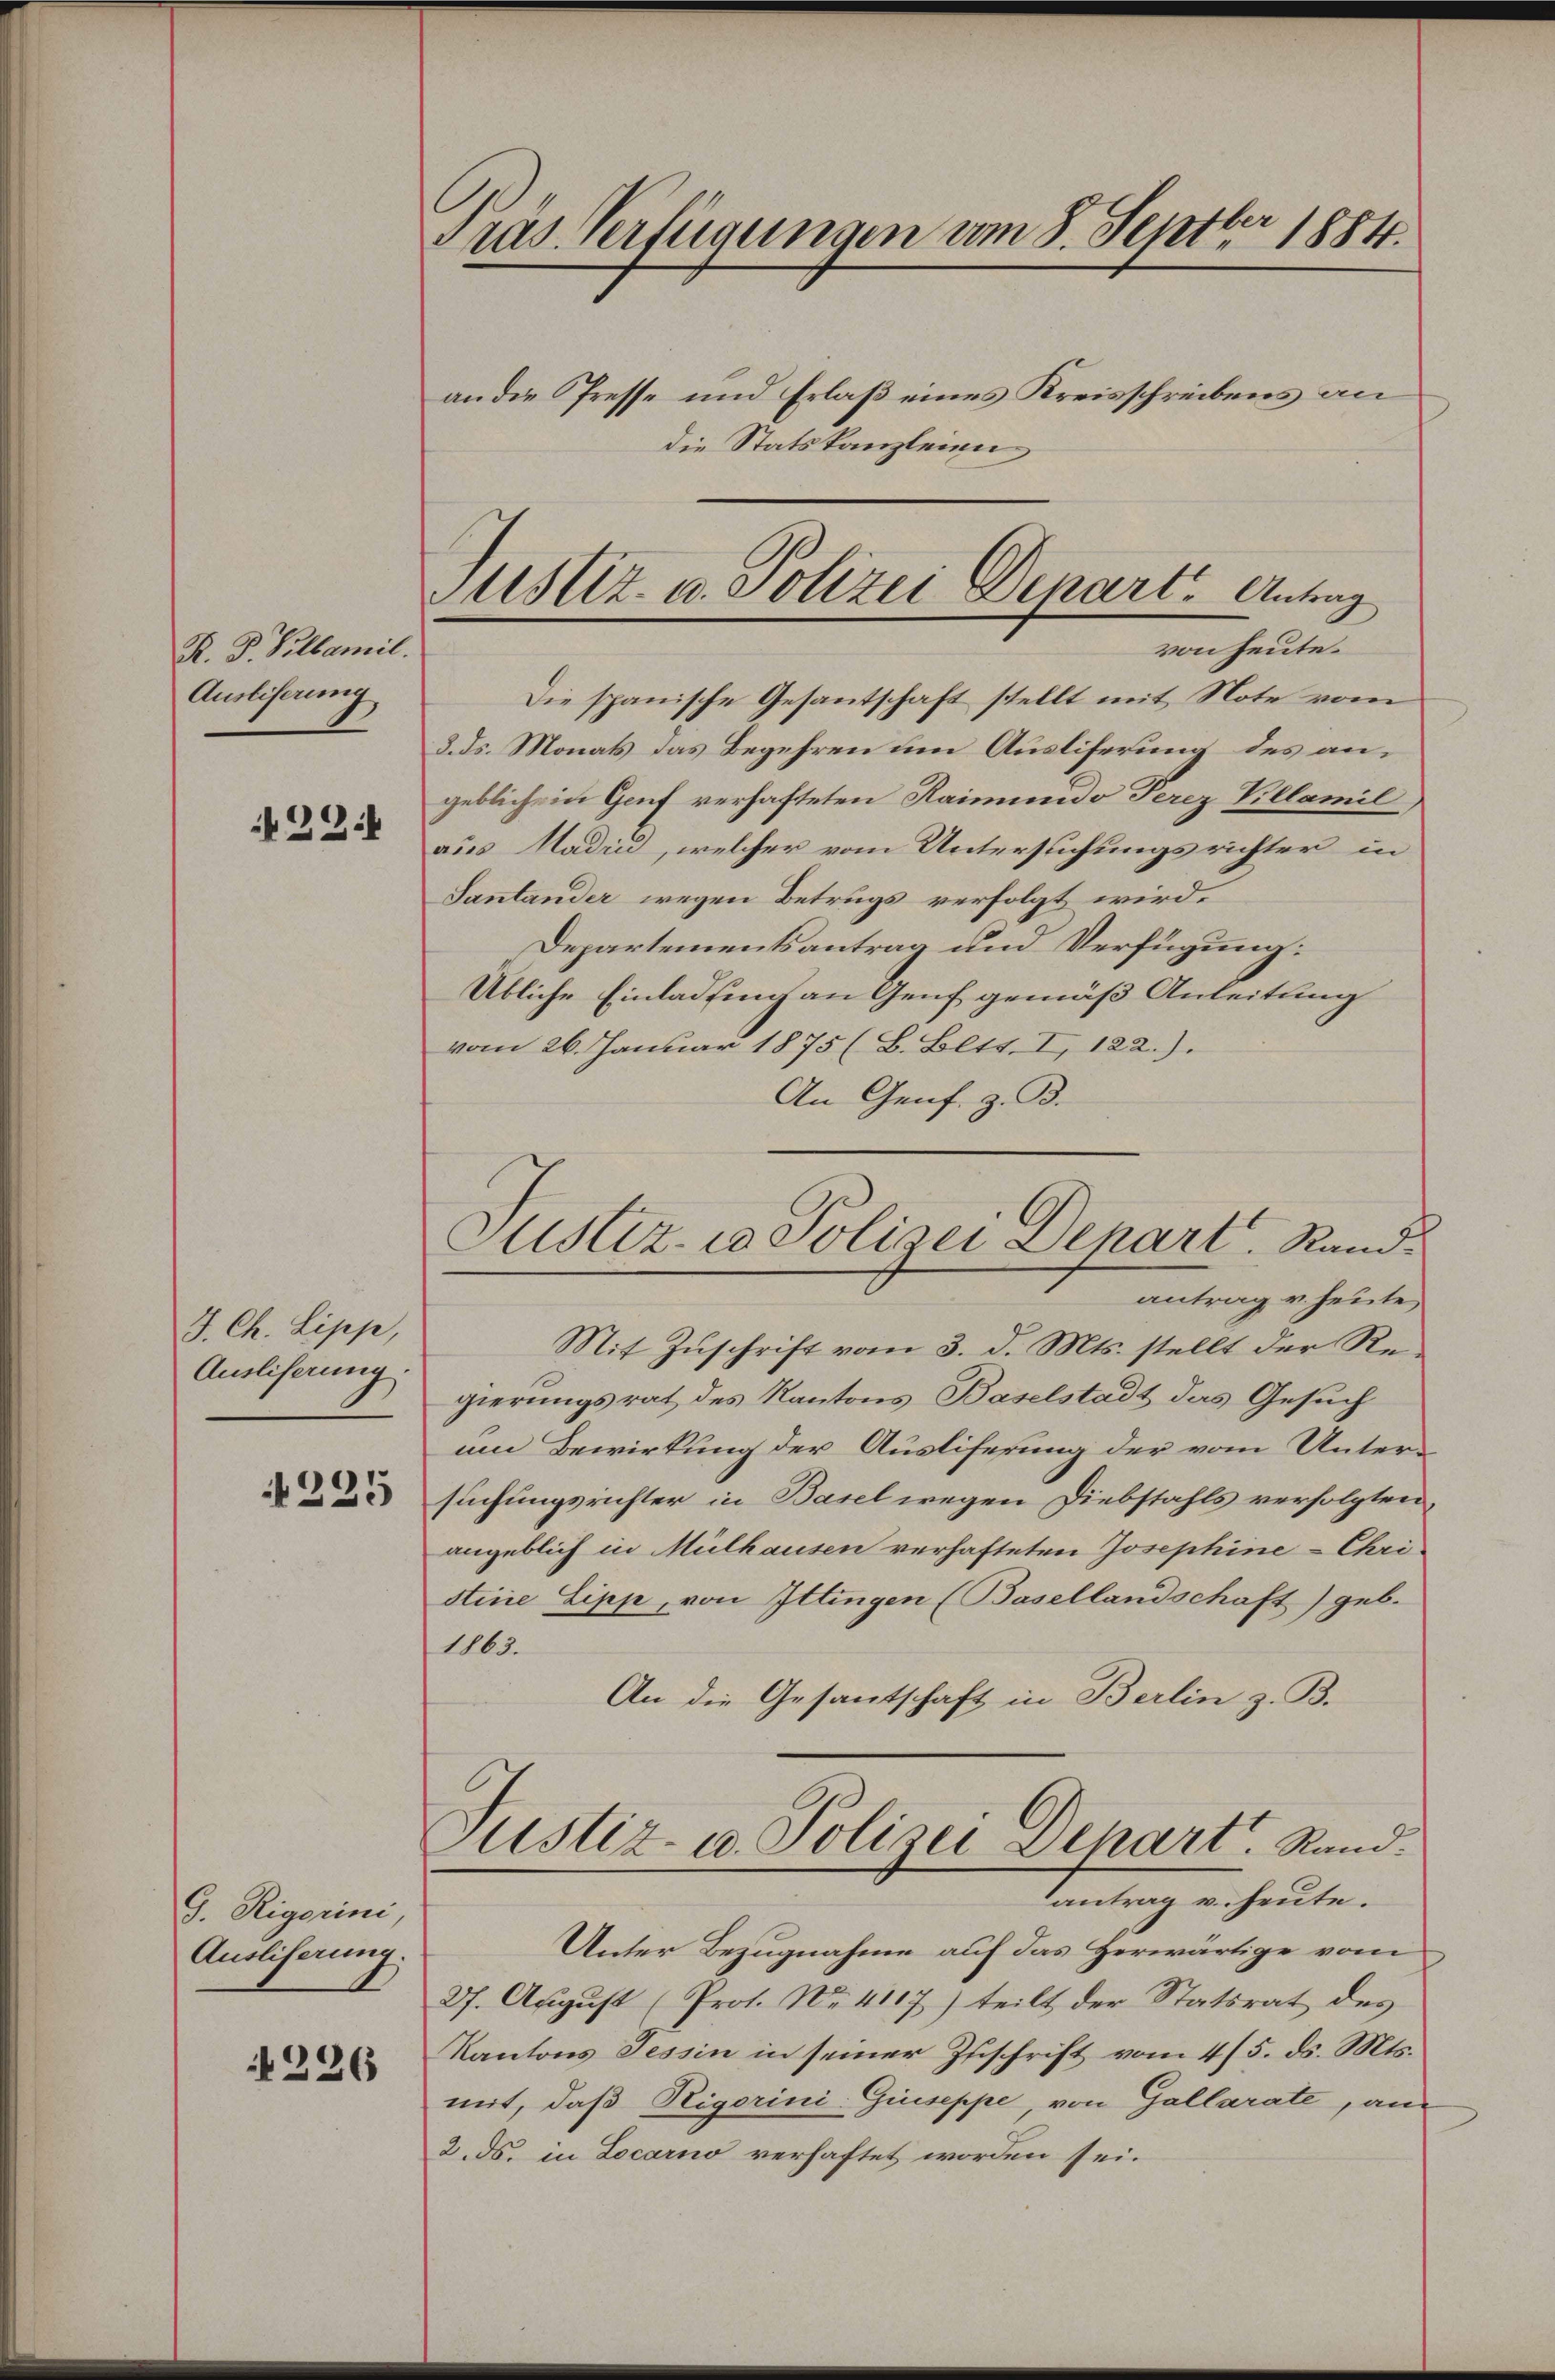
R. P. Polbamil
Ausliserung

22.

J. Ch. Lipp,
Ausliferung.

225

G. Rigorini
Ausliferung.

236

Pras Verfügungen vom 8. Septbr 1884.
an die Presse und Erlaß eines Kreisschreibens an
die Statskanzleien

Justiz- u. Polizei Denart Antrag
von heute.

Die spanische Gesantschaft stellt mit Note vom
3. ds. Monats das Begehren um Auslieferung des angebliche in Genf verhafteten Raimundo Perez Villamil
aus Madii, welcher vom Untersuchungsrichter in
Santander wegen Betrugs verfolgt wird.
Departementsantrag und Verfügung:
Übliche Einladung an Genf gemäß Anleitung
vom 26. Januar 1875 (B. Bett. I, 122.).
An Genf. z. B.

Justiz- u Polizei Depart. Rand
antrag v. heute

Mit Zuschrift vom 3. d. Mts. stellt der Regierungsrat des Kantons Baselstadt das Gesuch
um Bewirkung der Ausliferung der vom Untersuchungsrichter in Basel wegen Diebstahls verfolgten,
angeblich in Mülhausen verhafteten Josephine-Chri
stine Lipp, von Ittingen (Basellandschaft) geb.
1863.
An die Gesantschaft in Berlin z. B.
Justiz- u. Polizei Depart. Rand.
antrag u. heute.
Unter Bezugnahme auf das Herwärtige vom
27. August (Prot. No. 4117) teilt der Statsrat des
Kantons Tessin in seiner Zuschrift vom 4/5. ds. Mts.
mit, daß Rigorini-Giuseppe, von Gallarate, an
2. ds. in Locarno verhaftet worden sei.